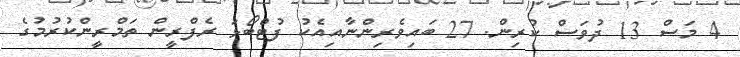
4 މަސް 13 ދުވަސް ކުރިން. 27 ބައިވެރިންނާއިއެކު ފުޓްބޯޅަ ރެފްރީން ތަމްރީންކުރުމުގެ